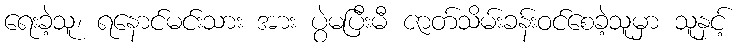
ရေးခဲ့သူ၊ ရနောင်မင်းသား အား ပွဲမပြီးမီ ဇာတ်သိမ်းခန်းဝင်စေခဲ့သူမှာ သူနှင့်